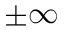
\pm \infty